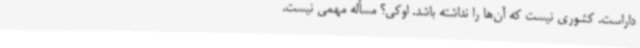
داراست. کشوری نیست که آن‌ها را نداشته باشد. اوکی؟ مسأله مهمی نیست.